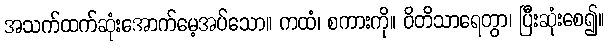
အသက်ထက်ဆုံးအောက်မေ့အပ်သော။ ကထံ၊ စကားကို။ ဝိတိသာရေတွာ၊ ပြီးဆုံးစေ၍။